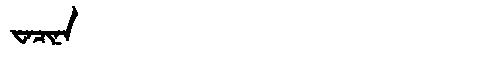
Manchu: ᠸᠠᠴᡳᠨᠠ
Romanization: WACINA